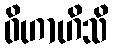
ဝိဟာဟိသိ